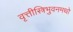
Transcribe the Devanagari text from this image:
वृत्तीस्त्रिभुवनमथो